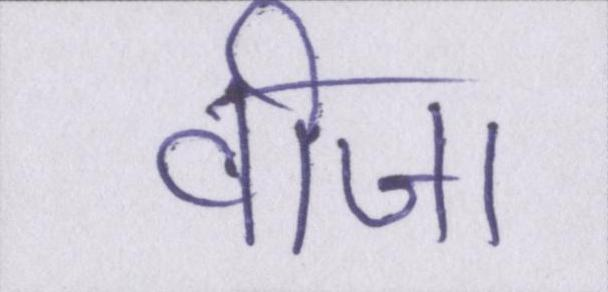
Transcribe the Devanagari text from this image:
वीजा